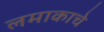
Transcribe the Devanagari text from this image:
लमाकाचे